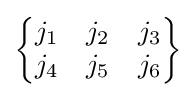
{\begin{Bmatrix}j_{1}&j_{2}&j_{3}\\j_{4}&j_{5}&j_{6}\end{Bmatrix}}